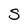
Character: S